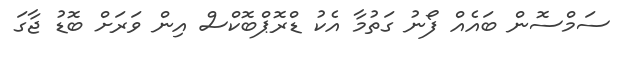
ސަމްސޮން ބައެއް ފޯނު ގަތުމާ އެކު ޑްރޮޕްބޮކްސް އިން ވަރަށް ބޮޑު ޖާގަ